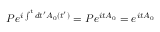
P e ^ { i \int ^ { t } d t ^ { \prime } A _ { 0 } ( t ^ { \prime } ) } = P e ^ { i t A _ { 0 } } = e ^ { i t A _ { 0 } }